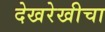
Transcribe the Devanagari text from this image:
देखरेखीचा